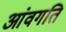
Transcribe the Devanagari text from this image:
आंवगति